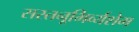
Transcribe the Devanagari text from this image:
सस्तनूभिर्व्यशेम